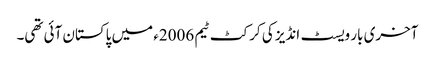
آخری بار ویسٹ انڈیز کی کرکٹ ٹیم 2006ء میں پاکستان آئی تھی۔